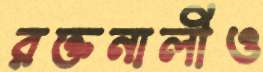
রক্তনালীও